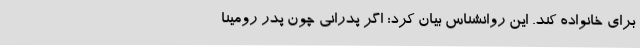
برای خانواده کند. این روانشناس بیان کرد: اگر پدرانی چون پدر رومینا